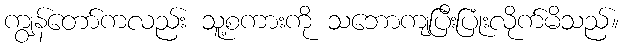
ကျွန်တော်ကလည်း သူ့စကားကို သဘောကျပြီးပြုံးလိုက်မိသည်။